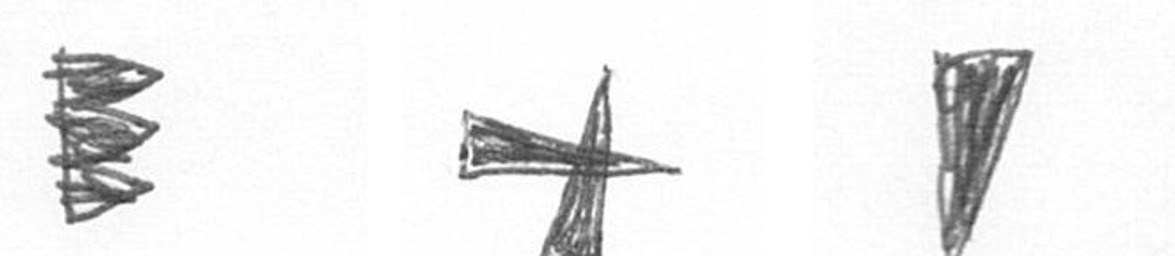
H G J